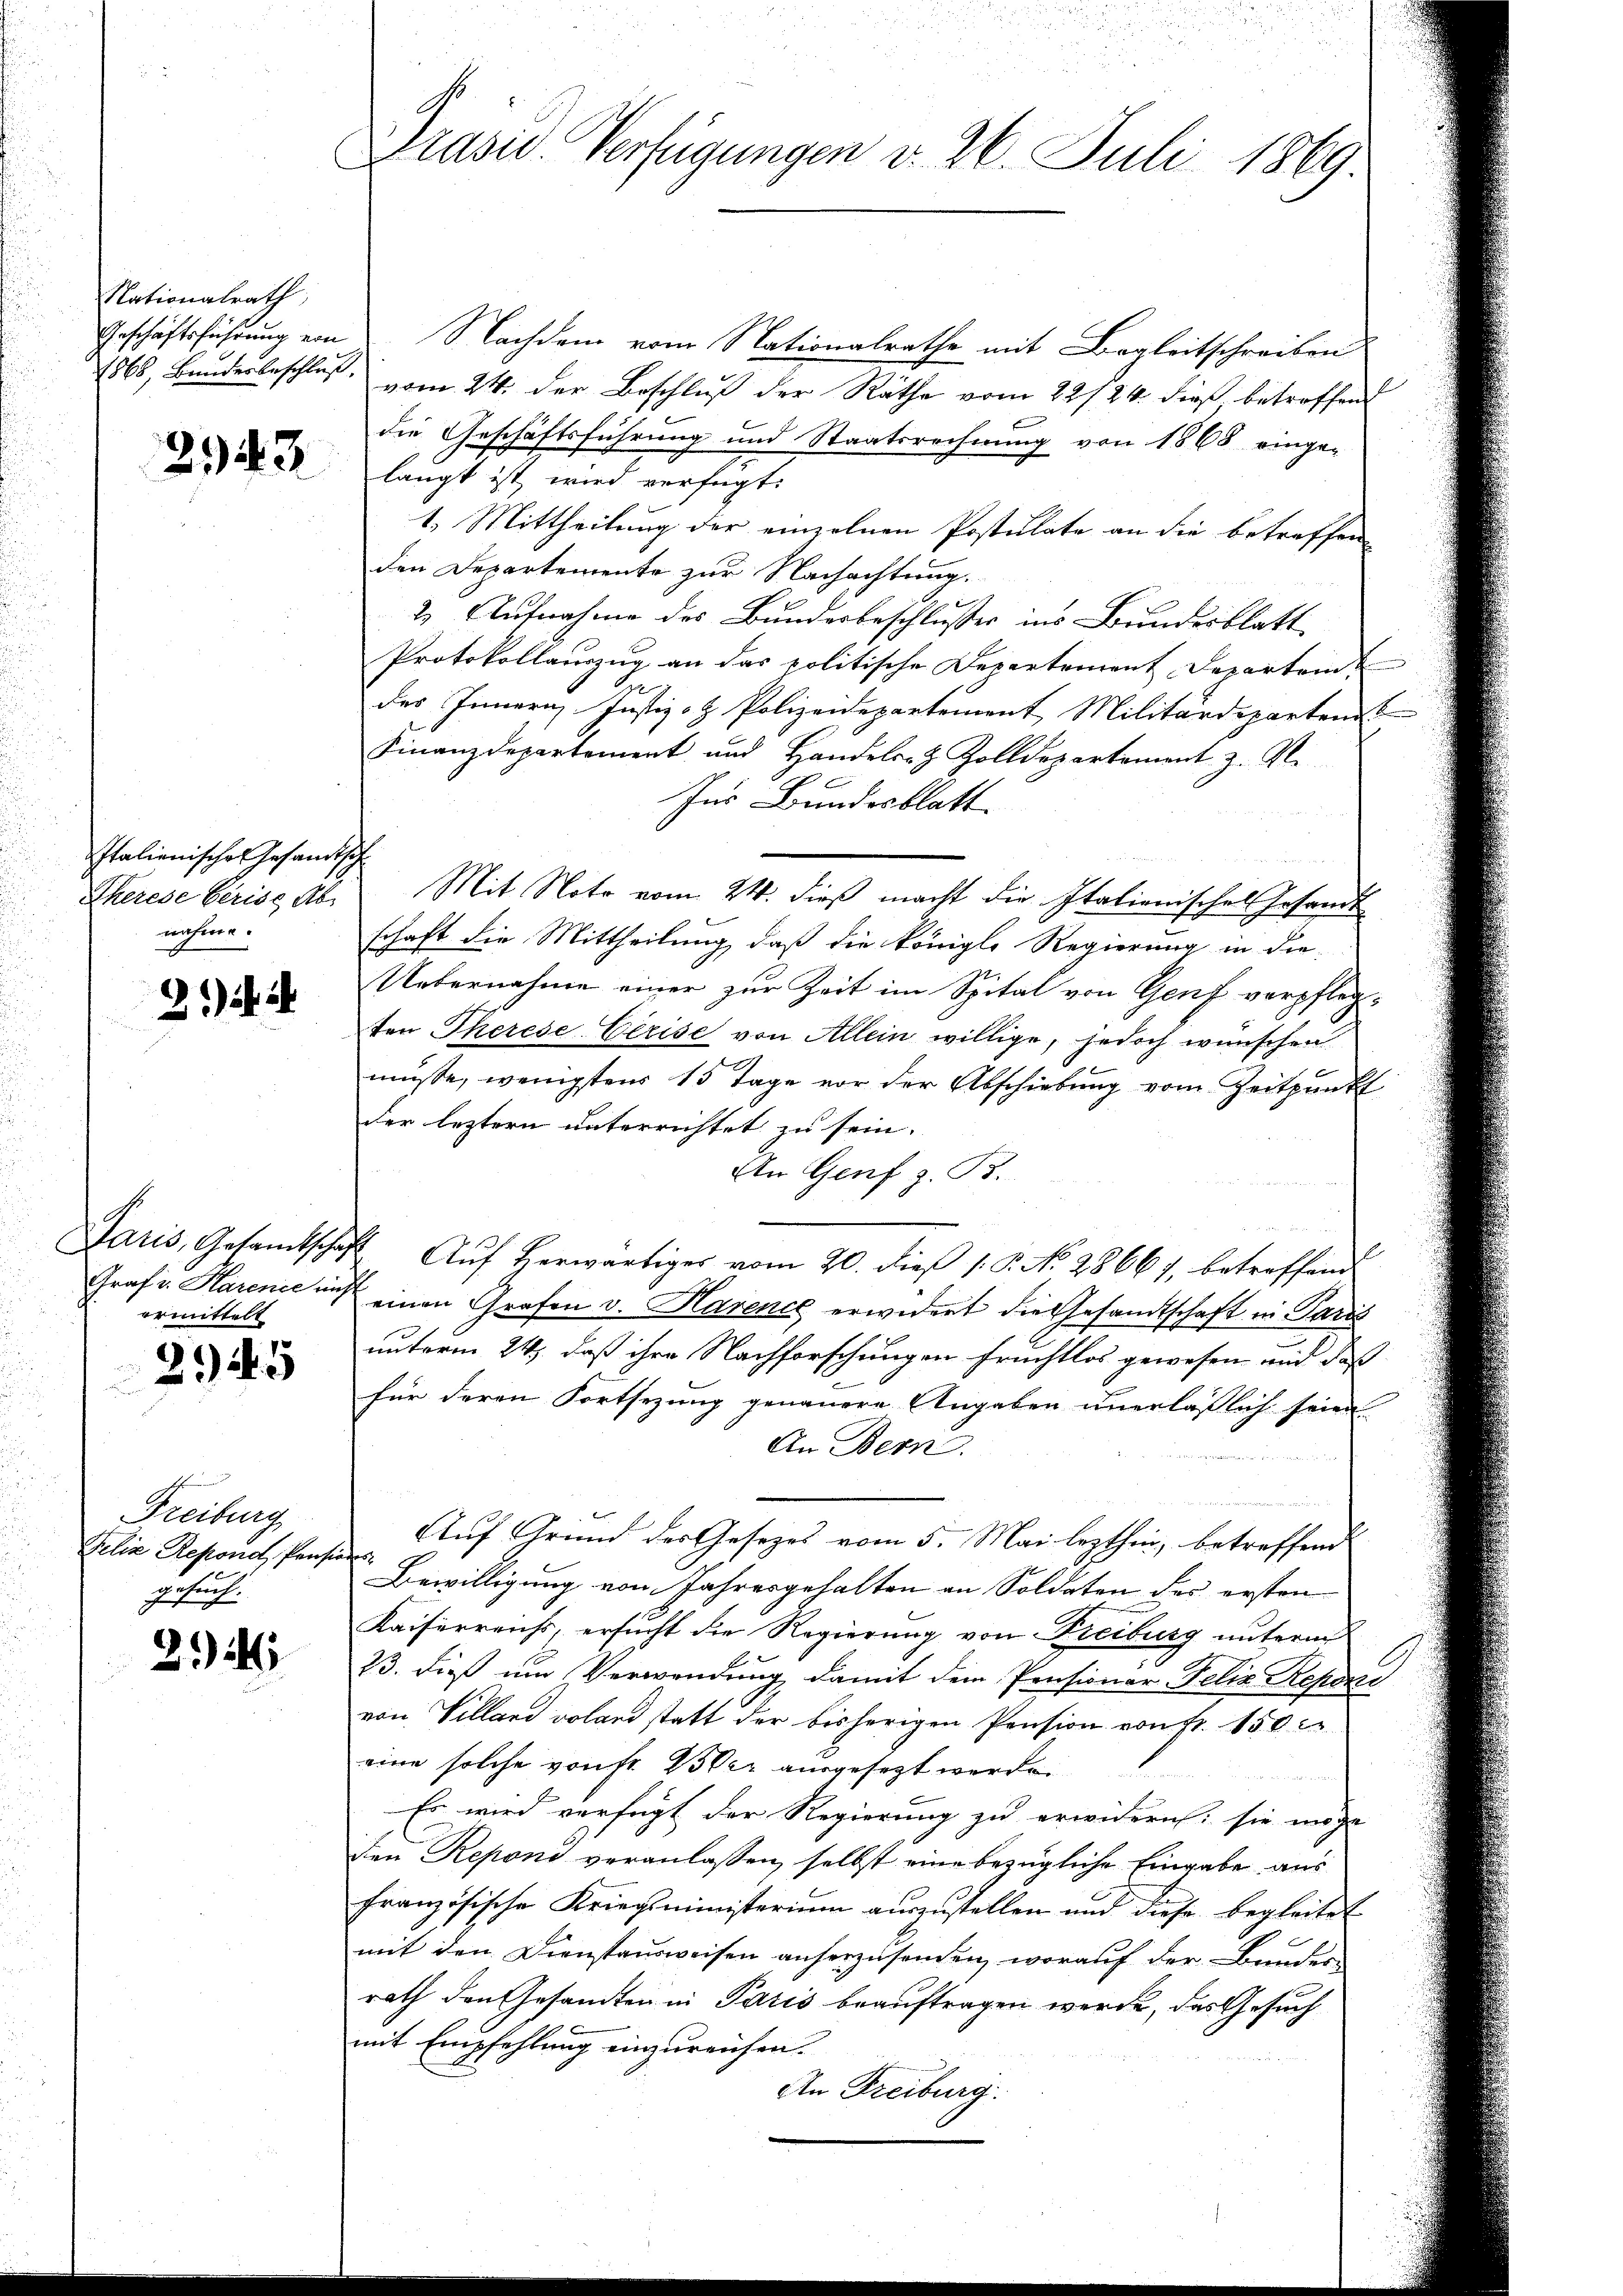
Nationalrath
1868, Bundesbeschluss.

2943

Italienische Gesandtsch
nahme.

ermittelt

245

Freiburg
Felix Repond, Pensiones
gesuch.

24

Geschäftsführung von Nachdem vom Nationalrathe mit Begleitschreiben
vom 24. der Beschluß der Räthe vom 22/26. dieß betroffend
die Geschäftsführung und Staatsrechnung von 1868 einge-
langt ist wird verfügt:
1. Mittheilung der einzelnen Postulate an die betreffen
den Departemente zur Nachachtung.
2) Aufnahme des Bundesbeschlusses ins Bundesblatt
Protokollauszug an das politische Departement Departend
des Innern, Justiz- & Polizeidepartement Militärdepartens
Finanzdepartement und Handels- & Zolldepartement z. R.

Ins Bundesblatt
Eherese beriss Ab. Mit Note vom 24. dieß macht die Italienisches Gesandtschaft die Mittheilung, daß die königl. Regierung in die
Uebernahme einer zur Zeit im Spital von Genf verpflegten Therese Gerise von Allein willige, jedoch wünschen
müsse, wenigstens 15 Tage vor der Abschiebung vom Zeitpunkt
der leztern unterrichtet zu sein.
An Genf z. B.
Paris, Gesamtschaft Aŭf herwärtiger vom 20. dieß s. S. No. 28661, betreffende
Graf v. Harenić auf einen Grafen v. Harence erwidert die Gesandtschaft in Paris
unterm 24. daß ihre Nachforschungen fruchtlos gewesen und daß
für deren Fortsezung genauere Angaben unerläßlich seien
An Bern
Auf Grund des Gesezes vom 5. Mai lezthin, betreffend
Bewilligung von Jahresgehalten an Soldaten des ersten
Kaiserreichs, ersucht die Regierung von Freiburg unterm
23. dieß um Verwendung, damit dem Pensionar-Felix Reponi
von Villand voland statt der bisherigen Pension von Fr. 150 c
eine solche vonst Wer ausgesezt werde.
Es wird verfügt der Regierung zu erwidern sie möge
den Reponi veranlassen, selbst eine bezügliche Eingabe aus
französische Kriegsministerium auszustellen und diese begleitet
mit den Dienstausweisen anherzusenden, worauf der Bundes-
rath den Gesandten in Paris beauftragen werde, das Gesuch
mit Empfehlung einzureichen.
An Freiburg.

Präsid. Verfügungen v. 26. Juli 1869.